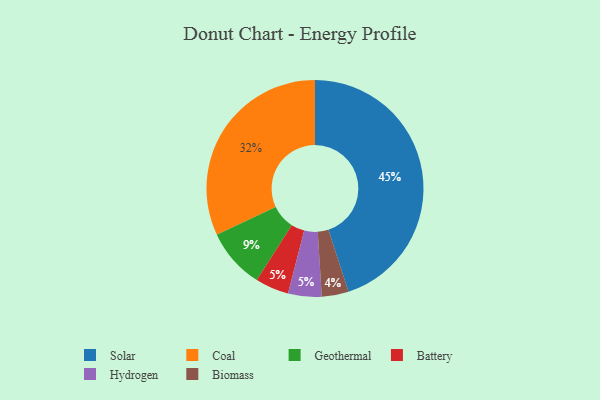
{"axis": {"x": "Category", "y": "Percentage"}, "legend": ["Battery", "Biomass", "Coal", "Geothermal", "Hydrogen", "Solar"], "data": [{"x": "Battery", "y": 5, "type": "Battery"}, {"x": "Biomass", "y": 4, "type": "Biomass"}, {"x": "Solar", "y": 45, "type": "Solar"}, {"x": "Hydrogen", "y": 5, "type": "Hydrogen"}, {"x": "Coal", "y": 32, "type": "Coal"}, {"x": "Geothermal", "y": 9, "type": "Geothermal"}]}